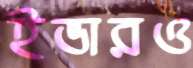
ইভারও